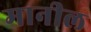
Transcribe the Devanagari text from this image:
मानील